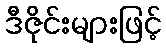
ဒီဇိုင်းများဖြင့်